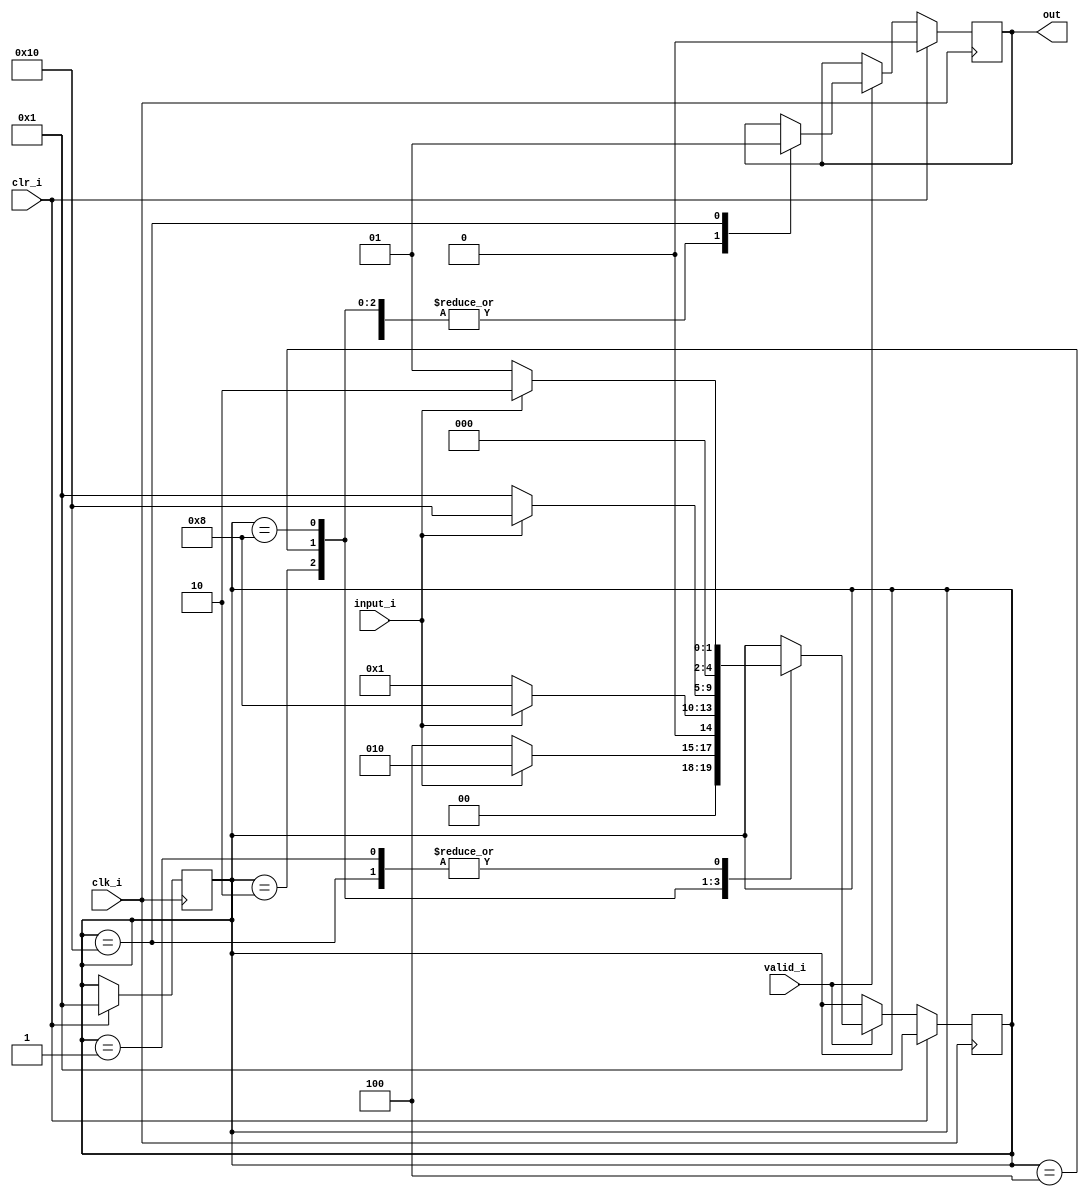
module moore(clk_i,clr_i,input_i,valid_i,out);
parameter S_R=5'b00001;
parameter S_B=5'b00010;
parameter S_BC=5'b00100;
parameter S_BCB=5'b01000;
parameter S_BCBB=5'b10000;

input clk_i,clr_i,input_i,valid_i;
output reg out;

reg[4:0] present_state;
reg[4:0] next_state;

always @(posedge clk_i)begin
	if (clr_i)begin
		out=0;
		present_state=S_R;
		next_state=S_R;
	end

	else begin
		if (valid_i)begin
			case (present_state)
				S_R:begin
				out=0;
					if (input_i) begin
						next_state=S_B;
					end
					
					else begin
						next_state=S_R;
					end
				end

				S_B:begin
				out=0;
					if(input_i) begin
						next_state=S_B;
					end

					else begin
						next_state=S_BC;
					end
				end

				S_BC:begin
				out=0;
					if(input_i) begin
						next_state=S_BCB;
					end

					else begin
						next_state=S_R;
					end
				end

				S_BCB:begin
				out=0;
					if(input_i) begin
						next_state=S_BCBB;
					end

					else begin
						next_state=S_R;
					end
				end

				S_BCBB:begin
				out=1;
					if(input_i) begin
						next_state=S_B;
					end

					else begin
						next_state=S_R;
					end
				end
			endcase
		end
	end
end

always @(next_state)begin
present_state=next_state;
end
endmodule